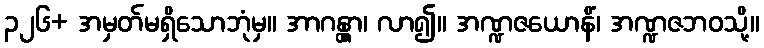
၃၂၆+ အမှတ်မရှိသောဘုံမှ။ အာဂန္တွာ၊ လာ၍။ အဏ္ဍဇယောနိံ၊ အဏ္ဍဇဘဝသို့။